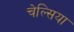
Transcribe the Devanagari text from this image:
चेल्‍िसया